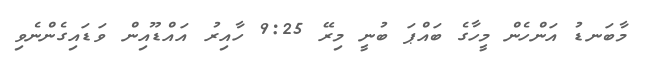
މާބަނޑު އަންހެން މީހާގެ ބައްޕަ ބުނީ މިރޭ 9:25 ހާއިރު އައްޑޫއިން ވަޑައިގެންނެވި